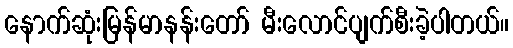
နောက်ဆုံးမြန်မာနန်းတော် မီးလောင်ပျက်စီးခဲ့ပါတယ်။